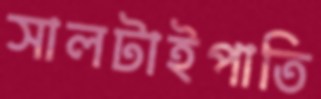
সালটাইপাতি